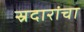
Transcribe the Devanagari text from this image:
स्रदारांचा